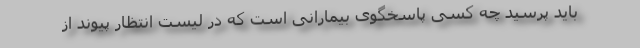
باید پرسید چه کسی پاسخگوی بیمارانی است که در لیست انتظار پیوند از